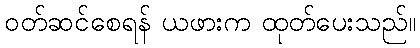
ဝတ်ဆင်စေရန် ယဖားက ထုတ်ပေးသည်။